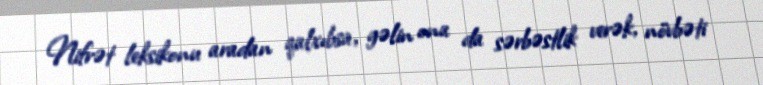
Nifrət leksikonu aradan qalxıbsa, gəlin ona da sərbəstlik verək, növbəti